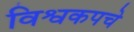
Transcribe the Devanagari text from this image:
विश्वकपचे